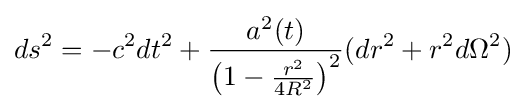
ds^{2}=-c^{2}dt^{2}+{\frac {a^{2}(t)}{\left(1-{\frac {r^{2}}{4R^{2}}}\right)^{2}}}(dr^{2}+r^{2}d\Omega ^{2})